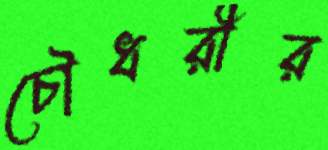
চৌধরীর